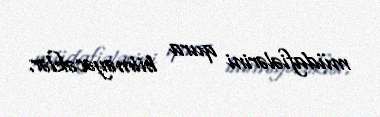
müdafiələrini qura bilməyəcəklər.